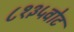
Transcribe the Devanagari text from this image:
८१३५वोट